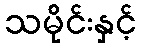
သမိုင်းနှင့်